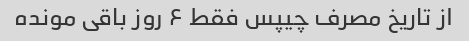
از تاریخ مصرف چیپس فقط ۶ روز باقی مونده